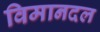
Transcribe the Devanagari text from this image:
विमानदल